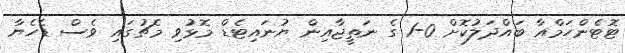
ޓޮޓެންހަމްއާ ބައްދަލުކޮށް 0-1 ގެ ނަތީޖާއިން ޔުނައިޓެޑް މޮޅުވި މެޗުގައި ވެސް ޑެހެޔާ